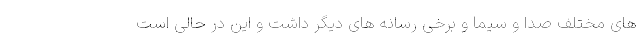
های مختلف صدا و سیما و برخی رسانه های دیگر داشت و این در حالی است